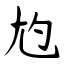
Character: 尥